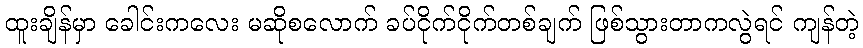
ထူးချိန်မှာ ခေါင်းကလေး မဆိုစလောက် ခပ်ငိုက်ငိုက်တစ်ချက် ဖြစ်သွားတာကလွဲရင် ကျန်တဲ့